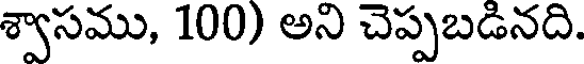
శ్వాసము, 100) అని చెప్పబడినది.